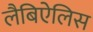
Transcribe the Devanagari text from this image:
लैबिऐलिस